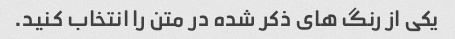
یکی از رنگ های ذکر شده در متن را انتخاب کنید.